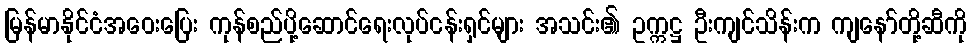
မြန်မာနိုင်ငံအဝေးပြေး ကုန်စည်ပို့ဆောင်ရေးလုပ်ငန်းရှင်များ အသင်း၏ ဥက္ကဋ္ဌ ဦးကျင်သိန်းက ကျနော်တို့ဆီကို